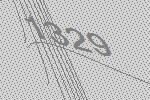
1329